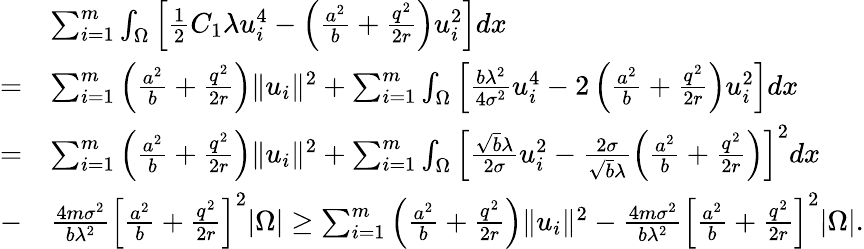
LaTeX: \begin{array}{rl}&{\sum_{i=1}^{m}\int_{\Omega}\left[\frac{1}{2}C_{1}\lambda u_{i}^{4}-\left(\frac{a^{2}}{b}+\frac{q^{2}}{2r}\right)u_{i}^{2}\right]dx}\\ {=}&{\sum_{i=1}^{m}\left(\frac{a^{2}}{b}+\frac{q^{2}}{2r}\right)\| u_{i}\| ^{2}+\sum_{i=1}^{m}\int_{\Omega}\left[\frac{b\lambda^{2}}{4\sigma^{2}}u_{i}^{4}-2\left(\frac{a^{2}}{b}+\frac{q^{2}}{2r}\right)u_{i}^{2}\right]dx}\\ {=}&{\sum_{i=1}^{m}\left(\frac{a^{2}}{b}+\frac{q^{2}}{2r}\right)\| u_{i}\| ^{2}+\sum_{i=1}^{m}\int_{\Omega}\left[\frac{\sqrt{b}\lambda}{2\sigma}u_{i}^{2}-\frac{2\sigma}{\sqrt{b}\lambda}\left(\frac{a^{2}}{b}+\frac{q^{2}}{2r}\right)\right]^{2}dx}\\ {-}&{\frac{4m\sigma^{2}}{b\lambda^{2}}\left[\frac{a^{2}}{b}+\frac{q^{2}}{2r}\right]^{2}|\Omega|\geq\sum_{i=1}^{m}\left(\frac{a^{2}}{b}+\frac{q^{2}}{2r}\right)\| u_{i}\| ^{2}-\frac{4m\sigma^{2}}{b\lambda^{2}}\left[\frac{a^{2}}{b}+\frac{q^{2}}{2r}\right]^{2}|\Omega|.}\end{array}